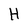
Character: H